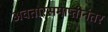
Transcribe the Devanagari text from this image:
अवतारसमाप्तीनंतर